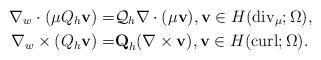
LaTeX: \begin{align*}\nabla_w \cdot(\mu Q_h \textbf{v})=&{\cal Q}_h \nabla \cdot(\mu\textbf{v}), \textbf{v}\in H({\rm div}_\mu;\Omega),\\\nabla_w \times (Q_h \textbf{v})=& \textbf{Q}_h (\nabla \times\textbf{v}), \textbf{v}\in H({\rm curl};\Omega).\end{align*}